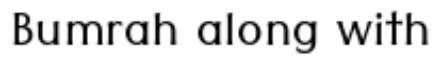
Bumrah along with